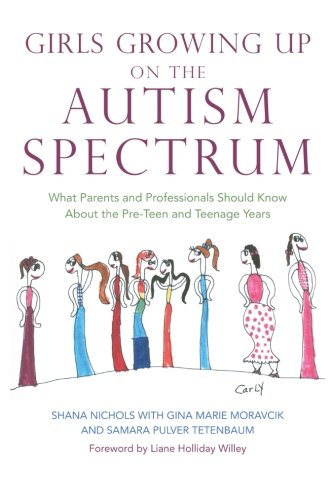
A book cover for Girls Growing Up on the Autism Spectrum: What Parents and Professionals Should Know About the Pre-teen and Teenage Years; Shana Nichols; Parenting & Relationships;